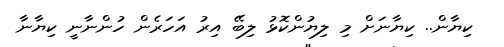
ކިޔާން.. ކިޔާނަށް މި ލިޔުންކޮޅު ލިބޭ އިރު އަހަރެން ހުންނާނީ ކިޔާނާ